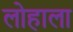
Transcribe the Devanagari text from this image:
लोहाला